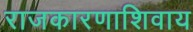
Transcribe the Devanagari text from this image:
राजकारणाशिवाय